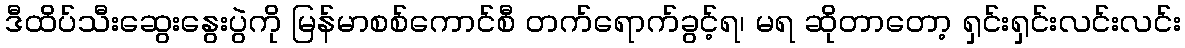
ဒီထိပ်သီးဆွေးနွေးပွဲကို မြန်မာစစ်ကောင်စီ တက်ရောက်ခွင့်ရ၊ မရ ဆိုတာတော့ ရှင်းရှင်းလင်းလင်း